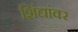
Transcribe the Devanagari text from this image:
शिंद्यांवर